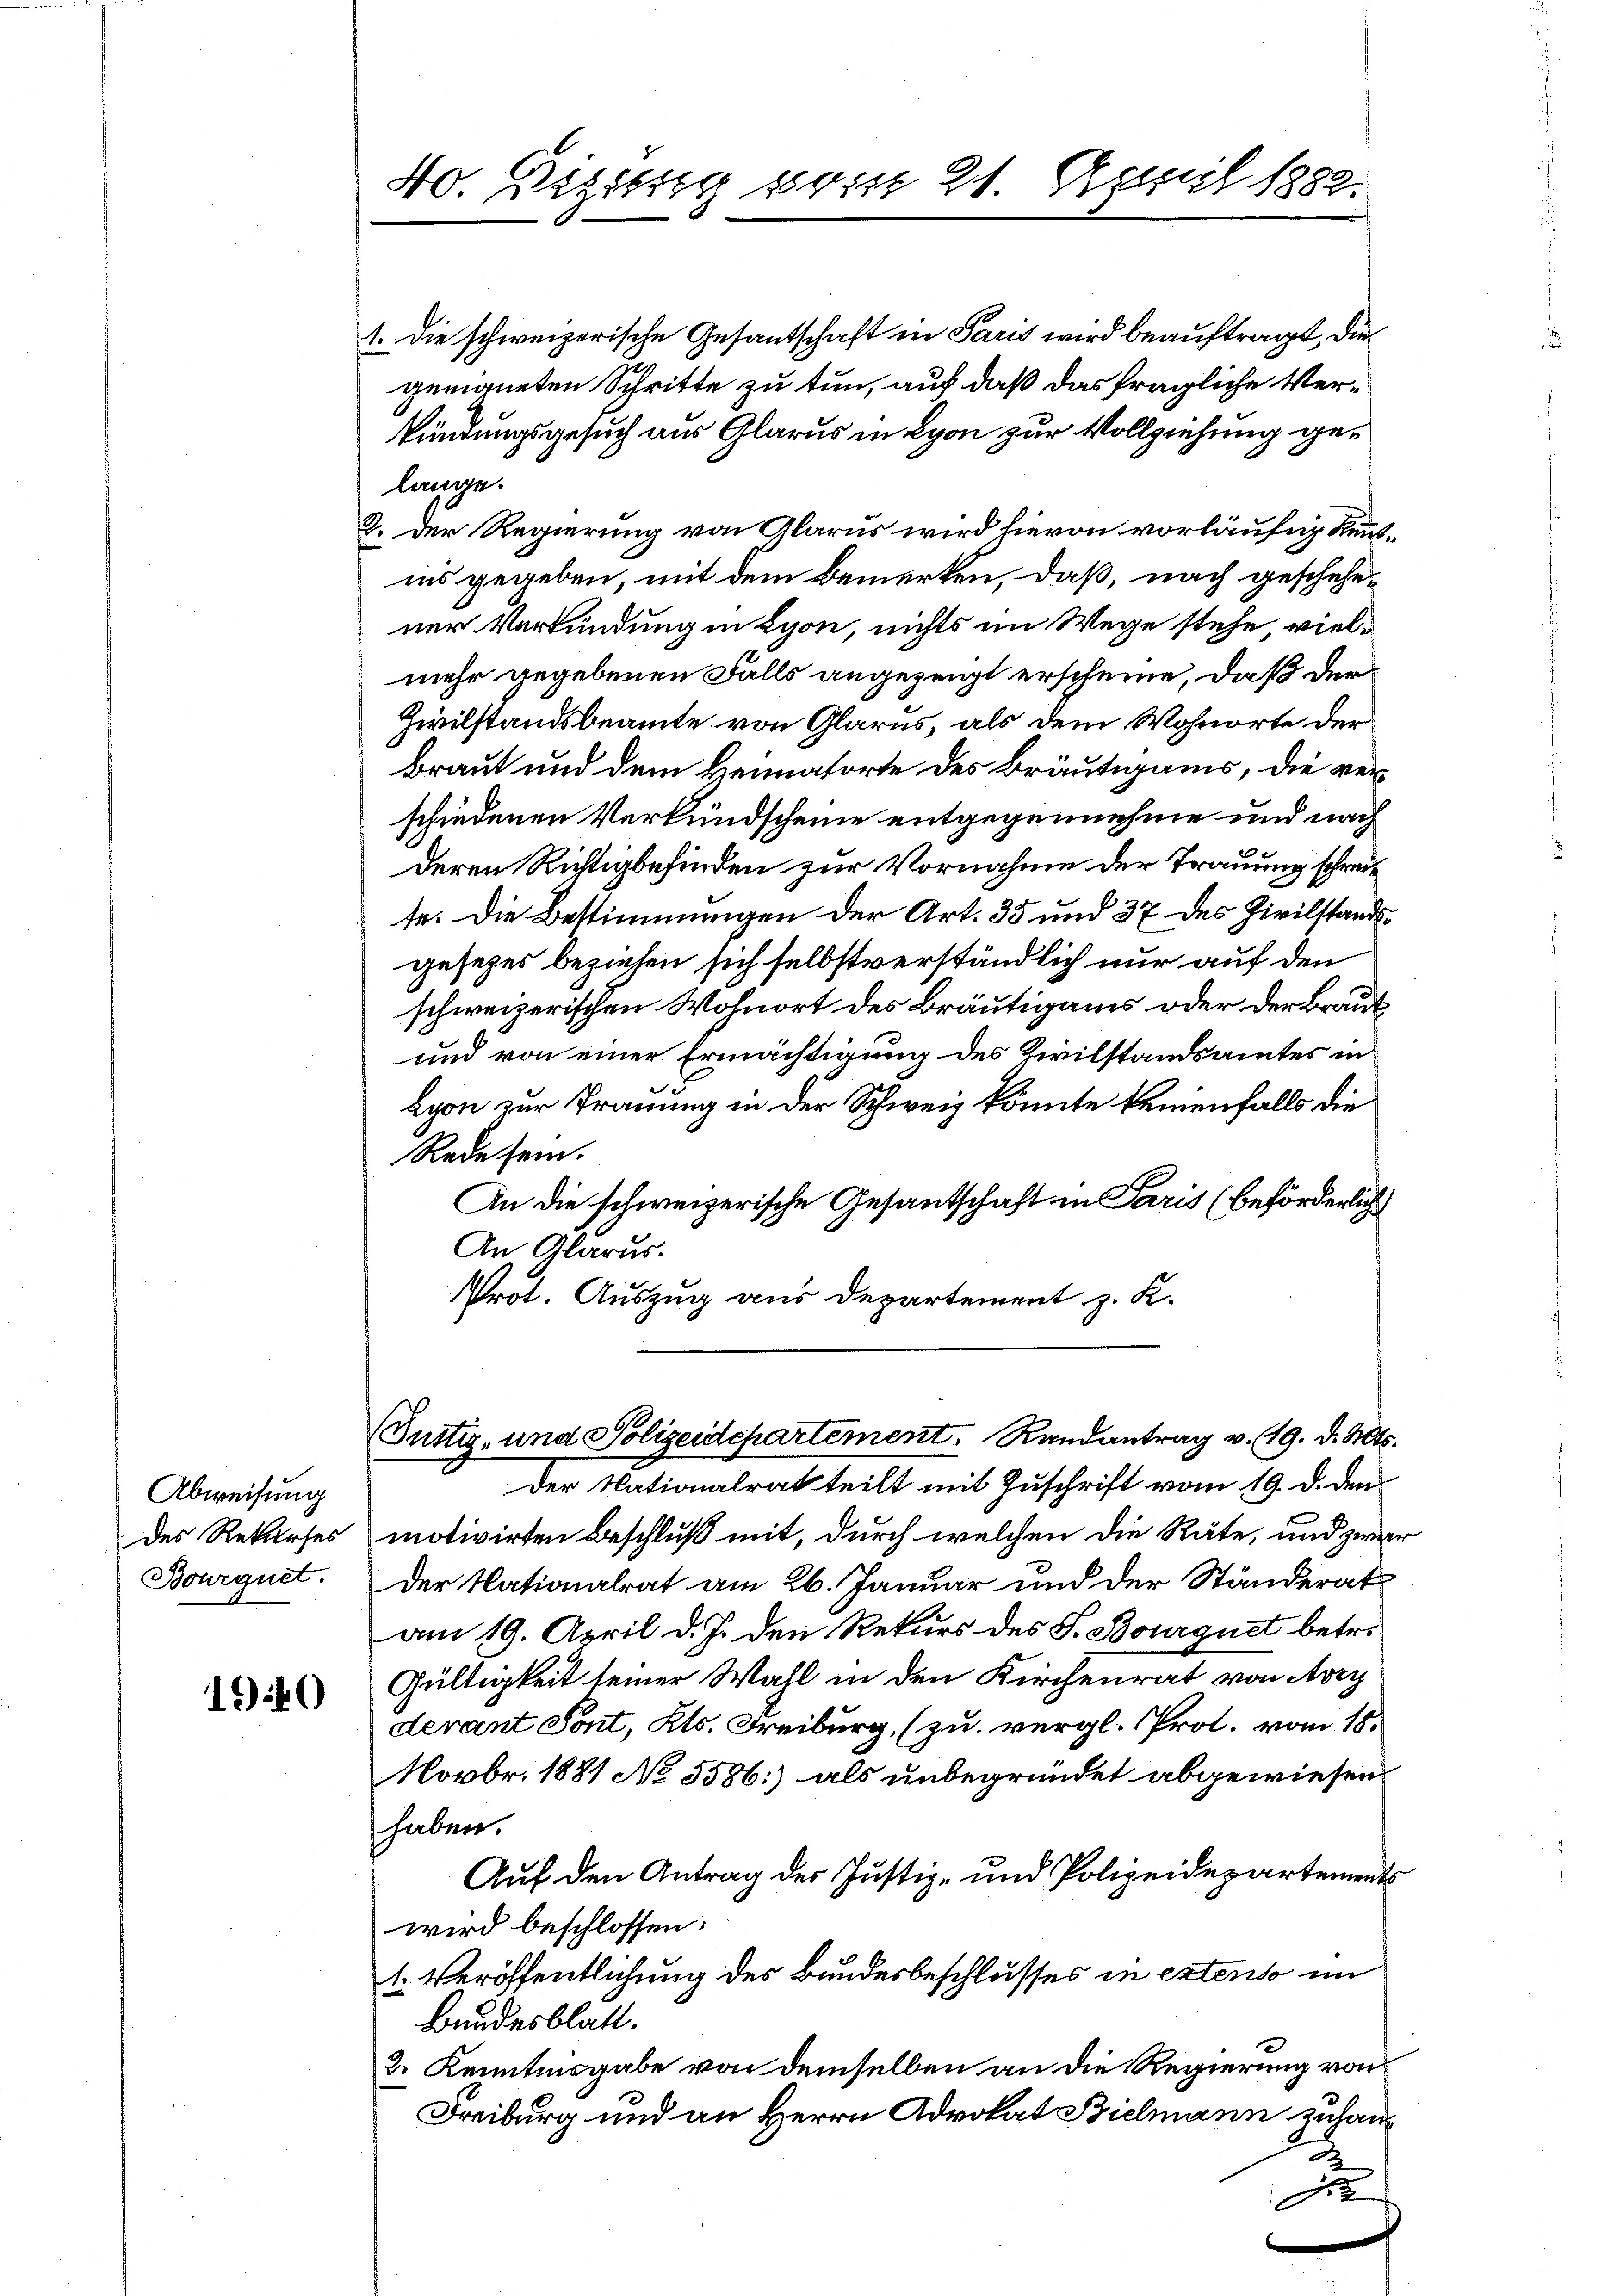
Abweisung
des Rekurses
Bourquet.

1940

1. Die schweizerische Gesantschaft in Paris wird beauftragt, die
geeigneten Schritte zu tun, auf daß das fragliche Verkündungsgesuch aus Glarus in Lyon zur Vollziehung gelange.
9. Der Regierung von Glarus wird hievon vorläufig Kenntins gegeben, mit dem Bemerken, daß, nach geschehener Verkündung in Lyon, nichts im Wege stehe vielmehr gegebenen Falls angezeigt erscheine, daß der
Zivilstandsbeamte von Glarus, als dem Wohnorte der
Braut und dem Heimatorte des Bräutigams, die verschiedenen Verkundscheine entgegennehme und nach
deren Richtigbefinden zur Vornahme der Trauung schreit
se. Die Bestimmungen der Art. 35 und 37 des Zivilstandsgesezes beziehen sich selbstverständlich nur auf den
schweizerischen Wohnort des Bräutigams oder der Braut
und von einer Ermächtigung des Zivilstandsamtes in
Lyon zur Trauung in der Schweiz könnte keinenfalls die
Rede sein.
An die schweizerische Gesantschaft in Paris (beförderlich
An Glarus.
Prot. Auszug aus Departement z. K.

40. Disseng vom 21. April 1882.

(Tustiz- und Polizeidepartement. Randantrag v. 19. d. Mts.

Der Nationalrat teilt mit Zuschrift vom 19. d. den
motivirten Beschluß mit, durch welchen die Räte, und zwar
Der Nationalrat am 26. Januar und der Ständerat
am 19. April d. J. den Rekurs des S. Bourquet betr.
Gültigkeit seiner Wahl in den Kirchenrat von Avry
devant Sont, Kts. Freiburg, (zu vergl. Prot. vom 18.
Novbr. 1881 No 5586] als unbegründet abgewiesen,
haben.
Auf den Antrag des Justiz- und Polizeidepartements
wird beschlossen:
1. Veröffentlichung des Bundesbeschlusses in extenso im
Bundesblatt.
2. Kenntnisgabe von demselben an die Regierung von
Freiburg und an Herrn Advokat Bielmann zuhaus
e